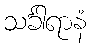
သင်္ခါရာနံ